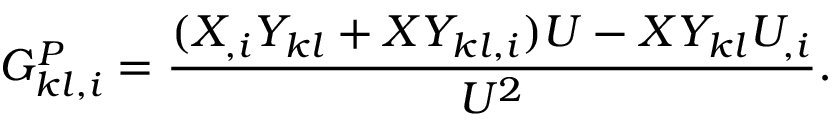
\boldsymbol { G _ { k l , i } ^ { P } } = \frac { ( X _ { , i } Y _ { k l } + X Y _ { k l , i } ) U - X Y _ { k l } U _ { , i } } { U ^ { 2 } } .